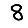
Digit: 8